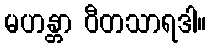
မဟန္တာ ဝီတသာရဒါ။